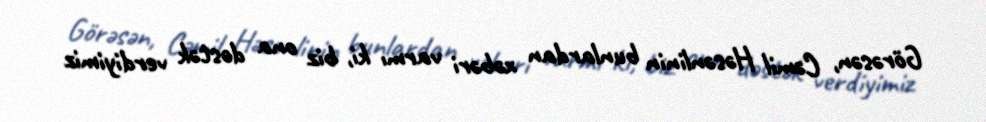
Görəsən, Cəmil Həsənlinin bunlardan xəbəri varmı ki, biz ona dəstək verdiyimiz